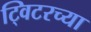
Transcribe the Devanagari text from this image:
ट्विटरच्या